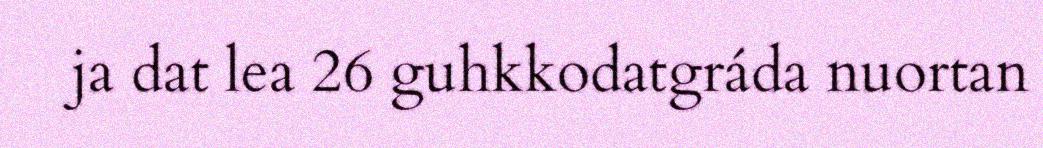
ja dat lea 26 guhkkodatgráda nuortan